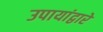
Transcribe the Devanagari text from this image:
उपायांद्वारे